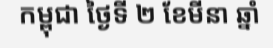
កម្ពុជា ថ្ងៃទី ២ ខែមីនា ឆ្នាំ